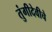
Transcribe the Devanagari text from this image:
तुंगीदेवीचे